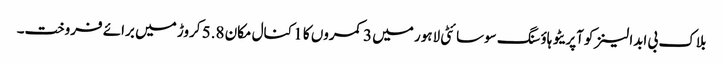
بلاک بی ابدالینزکوآپریٹو ہاؤسنگ سوسائٹی لاہور میں 3 کمروں کا 1 کنال مکان 5.8 کروڑ میں برائے فروخت۔